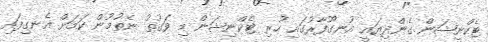
ޓެކްނީޝަން ގެންދިޔައީ އުނގޫފާރުގައި ހުރި ޓެކްނިޝަން މި ވަގުތު ނެތުމުން ކަމަށް އެނގިފައި